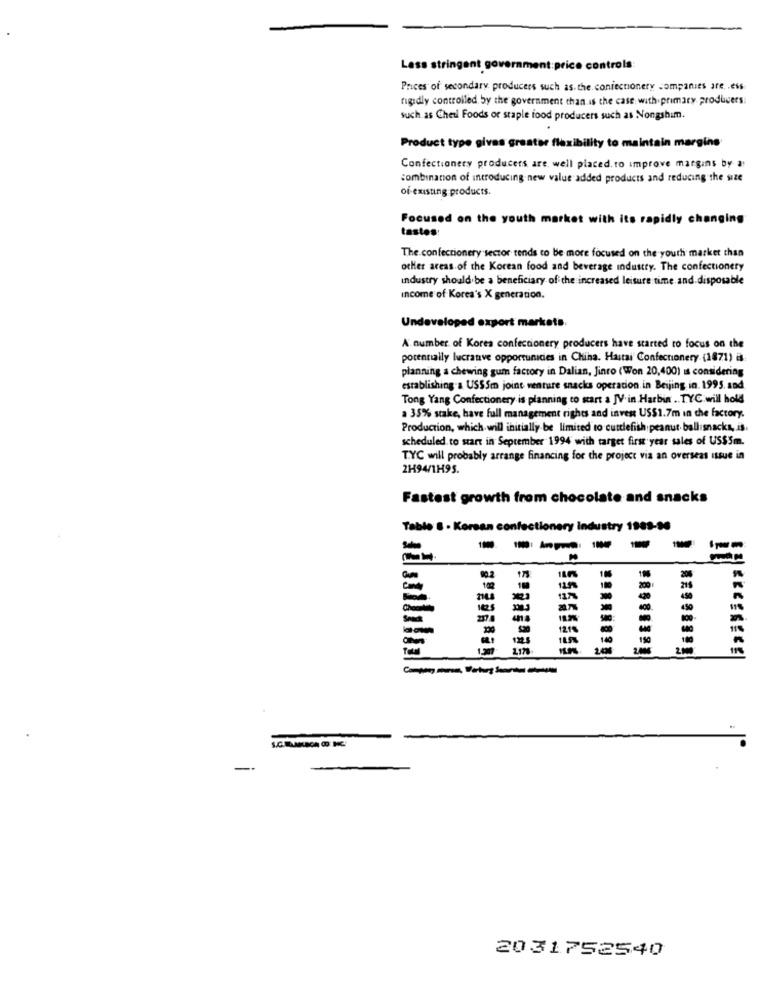
Lass stringent government price controls:
Prices of secondary producers such as. the confectionery companies are. . eis
rigidly controlled by the government than is the case with primary producers:
such as Cheil Foods or staple food producers such as Nongshim.
Product typo gives greater flexibility to maintain margins
Confectionery producers are well placed. to improve margins by a
combinanon of introducing new value added products and reducing the size
of existing products.
Focused on the youth market with its rapidly changing
tastes:
The confectionery sector tends to be more focused on the youth market than
other areas of the Korean food and beverage industry. The confectionery
industry should be a beneficiary of the increased leisure time and disposable
Income of Korea's X generation.
Unde
Hoped export markets.
A number of Korea confectionery producers have started to focus on the
potentially lucrative opportunidies in China. Hastai" Confectionery (1871) is
planning a chewing gum factory in Dalian, Jinro (Won 20,400) is considering
establishing-a USSSm joint venture snacks operation in Beijing in. 1995. and
Tong Yang Confectionery is planning to start a JV.in.Harbin .. TYC.will hold
a 35% stake, have full management rights and invest US$1.7m in the factory.
Production, which will initially be limited to cuttlefish peanut ballisnacks, is.
scheduled. to start in September 1994 with target first year sales of US$5m.
TYC will probably arrange financing for the project via an overseas issue in
2H94/1H95.
Fastest growth from chocolate and snacks
Table & - Korsan confectionery Industry 1989-90
-
100
200
200
129%
450
2378
--
1215
-
150
2178
1.00
200
2000
In
-
2031752540